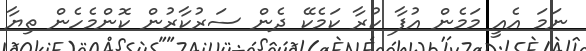
ނަމަ އެއީ މަމެން އުފާ ކުރާ ކަމެކޭ ދެން ސަރުކާރުން ކޮންމެހެން ތިޔާ